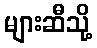
များဆီသို့